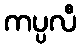
ကပ္ပလီ